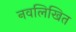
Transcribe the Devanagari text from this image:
नवलिखित